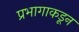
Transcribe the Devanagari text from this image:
प्रभागाकडून